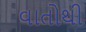
વાતોથી